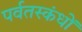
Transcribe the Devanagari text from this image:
पर्वतस्कंधों